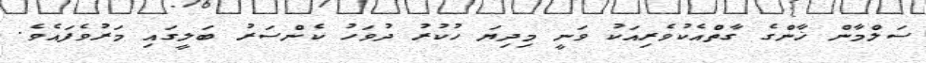
ސަލްމާން ޚާންގެ ގާތްއެކުވެރިއަކު ވަނީ މިދިޔަ ހުކުރު ދުވަހު ކެންސަރު ބަލީގައި މަރުވެފައެވެ.